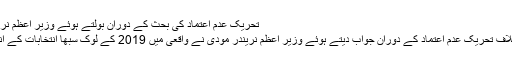
تحریک عدم اعتماد کی بحث کے دوران بولتے ہوئے وزیر اعظم نریندر مودی (فوٹو : پی ٹی آئی)
پارلیامنٹ میں حکومت کے خلاف تحریک عدم اعتماد کے دوران جواب دیتے ہوئے وزیر اعظم نریندر مودی نے واقعی میں 2019 کے لوک سبھا انتخابات کے انتخابی مہم کا آغاز کر دیا ہے۔